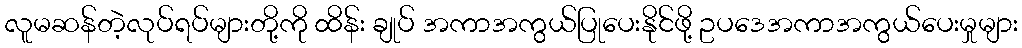
လူမဆန်တဲ့လုပ်ရပ်များတို့ကို ထိန်း ချုပ် အကာအကွယ်ပြုပေးနိုင်ဖို့ ဥပဒေအကာအကွယ်ပေးမှုများ